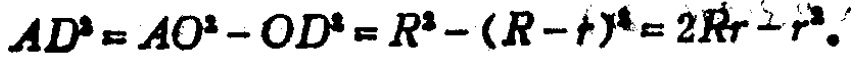
\(AD^{2}=AO^{2}-OD^{2}=R^{2}-(R - r)^{2}=2Rr - r^{2}\)